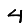
Digit: 4